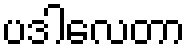
ပဒါလေတာ